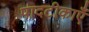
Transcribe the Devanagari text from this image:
पादटीकाएँ